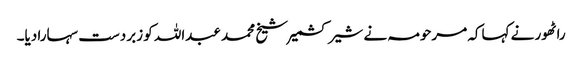
راٹھور نے کہاکہ مرحومہ نے شیر کشمیر شیخ محمد عبداللہ کو زبردست سہارا دیا۔